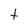
Character: t